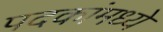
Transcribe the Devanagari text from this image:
पदकांमध्ये